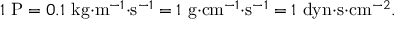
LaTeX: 1 ~ { \mathrm { P } } = 0 . 1 ~ { \mathrm { k g } } { \cdot } { \mathrm { m } } ^ { - 1 } { \cdot } { \mathrm { s } } ^ { - 1 } = 1 ~ { \mathrm { g } } { \cdot } { \mathrm { c m } } ^ { - 1 } { \cdot } { \mathrm { s } } ^ { - 1 } = 1 ~ { \mathrm { d y n } } { \cdot } { \mathrm { s } } { \cdot } { \mathrm { c m } } ^ { - 2 } .